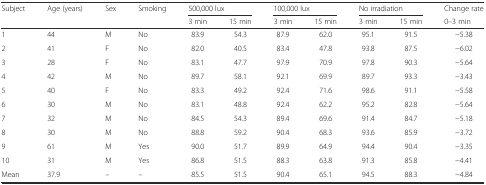
<table><thead><tr><td rowspan="2"><b>Subject</b></td><td rowspan="2"><b>Age (years)</b></td><td rowspan="2"><b>Sex</b></td><td rowspan="2"><b>Smoking</b></td><td colspan="2"><b>500,000 lux</b></td><td colspan="2"><b>100,000 lux</b></td><td colspan="2"><b>No irradiation</b></td><td><b>Change rate</b></td></tr><tr><td><b>3 min</b></td><td><b>15 min</b></td><td><b>3 min</b></td><td><b>15 min</b></td><td><b>3 min</b></td><td><b>15 min</b></td><td><b>0–3 min</b></td></tr></thead><tbody><tr><td>1</td><td>44</td><td>M</td><td>No</td><td>83.9</td><td>54.3</td><td>87.9</td><td>62.0</td><td>95.1</td><td>91.5</td><td>−5.38</td></tr><tr><td>2</td><td>41</td><td>F</td><td>No</td><td>82.0</td><td>40.5</td><td>83.4</td><td>47.8</td><td>93.8</td><td>87.5</td><td>−6.02</td></tr><tr><td>3</td><td>28</td><td>F</td><td>No</td><td>83.1</td><td>47.7</td><td>97.9</td><td>70.9</td><td>97.8</td><td>90.3</td><td>−5.64</td></tr><tr><td>4</td><td>42</td><td>M</td><td>No</td><td>89.7</td><td>58.1</td><td>92.1</td><td>69.9</td><td>89.7</td><td>93.3</td><td>−3.43</td></tr><tr><td>5</td><td>40</td><td>F</td><td>No</td><td>83.3</td><td>49.2</td><td>92.4</td><td>71.6</td><td>98.6</td><td>91.1</td><td>−5.58</td></tr><tr><td>6</td><td>30</td><td>M</td><td>No</td><td>83.1</td><td>48.8</td><td>92.4</td><td>62.2</td><td>95.2</td><td>82.8</td><td>−5.64</td></tr><tr><td>7</td><td>32</td><td>M</td><td>No</td><td>84.5</td><td>54.3</td><td>89.4</td><td>69.6</td><td>91.4</td><td>84.7</td><td>−5.18</td></tr><tr><td>8</td><td>30</td><td>M</td><td>No</td><td>88.8</td><td>59.2</td><td>90.4</td><td>68.3</td><td>93.6</td><td>85.9</td><td>−3.72</td></tr><tr><td>9</td><td>61</td><td>M</td><td>Yes</td><td>90.0</td><td>51.7</td><td>89.9</td><td>64.9</td><td>94.4</td><td>90.4</td><td>−3.35</td></tr><tr><td>10</td><td>31</td><td>M</td><td>Yes</td><td>86.8</td><td>51.5</td><td>88.3</td><td>63.8</td><td>91.3</td><td>85.8</td><td>−4.41</td></tr><tr><td>Mean</td><td>37.9</td><td>–</td><td>–</td><td>85.5</td><td>51.5</td><td>90.4</td><td>65.1</td><td>94.5</td><td>88.3</td><td>−4.84</td></tr></tbody></table>